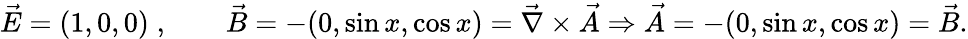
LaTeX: \vec{E}=(1,0,0)\; ,\qquad\vec{B}=-(0,\sin x,\cos x)=\vec{\nabla}\times\vec{A}\Rightarrow\vec{A}=-(0,\sin x,\cos x)=\vec{B}.